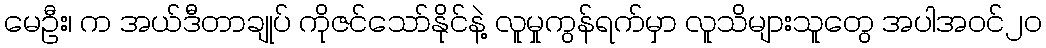
မေဦး၊ က အယ်ဒီတာချုပ် ကိုဇင်သော်နိုင်နဲ့ လူမှုကွန်ရက်မှာ လူသိများသူတွေ အပါအဝင်၂ဝ